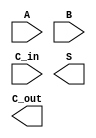
/*
    CS/ECE 552 Spring '19
    Homework #3, Problem 2
    
    a 16-bit RCA module
*/
module rca_16b(A, B, C_in, S, C_out);

    // declare constant for size of inputs, outputs (N)
    parameter   N = 16;

    input [N-1: 0] A, B;
    input          C_in;
    output [N-1:0] S;
    output         C_out;

    // YOUR CODE HERE

endmodule